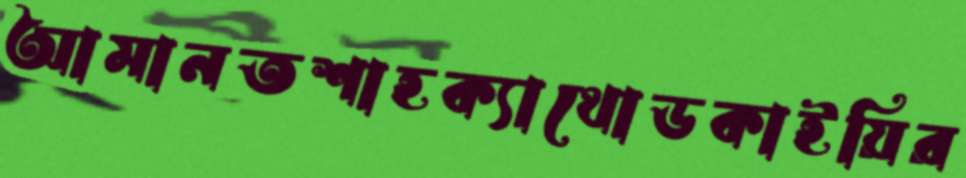
আমানতশাহক্যাথোডকাইয়ির